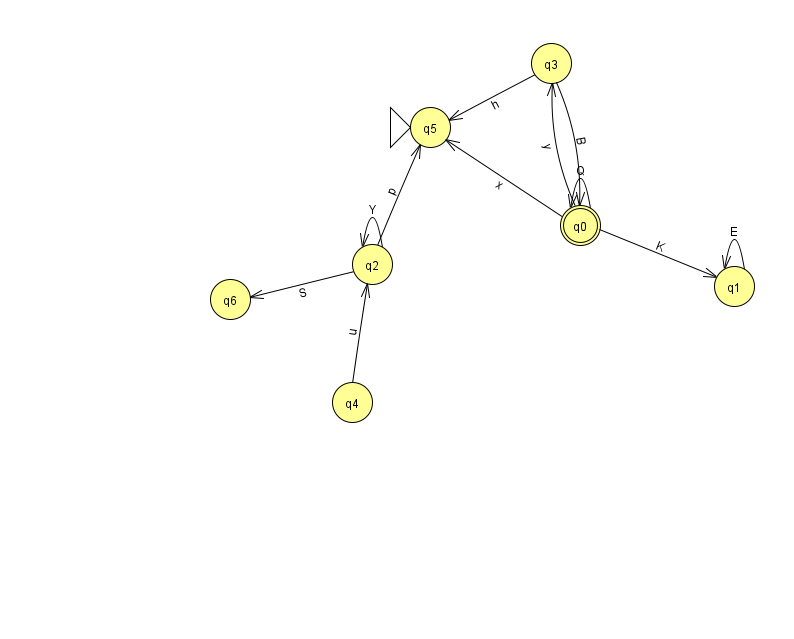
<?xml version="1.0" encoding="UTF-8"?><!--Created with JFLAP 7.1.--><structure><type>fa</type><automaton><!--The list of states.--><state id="0" name="q0"><x>580.0</x><y>212.0</y><final/></state><state id="1" name="q1"><x>734.0</x><y>273.0</y></state><state id="2" name="q2"><x>372.0</x><y>251.0</y></state><state id="3" name="q3"><x>551.0</x><y>50.0</y></state><state id="4" name="q4"><x>352.0</x><y>389.0</y></state><state id="5" name="q5"><x>430.0</x><y>114.0</y><initial/></state><state id="6" name="q6"><x>230.0</x><y>286.0</y></state><!--The list of transitions.--><transition><from>0</from><to>0</to><read>Q</read></transition><transition><from>0</from><to>1</to><read>K</read></transition><transition><from>3</from><to>0</to><read>B</read></transition><transition><from>2</from><to>5</to><read>p</read></transition><transition><from>4</from><to>2</to><read>u</read></transition><transition><from>2</from><to>6</to><read>S</read></transition><transition><from>1</from><to>1</to><read>E</read></transition><transition><from>2</from><to>2</to><read>Y</read></transition><transition><from>0</from><to>3</to><read>y</read></transition><transition><from>3</from><to>5</to><read>h</read></transition><transition><from>0</from><to>5</to><read>x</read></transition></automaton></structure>